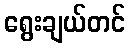
ရွေးချယ်တင်